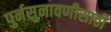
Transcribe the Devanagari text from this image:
पुर्नसुनावणीसाठी